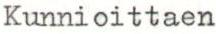
Kunnioittaen